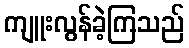
ကျူးလွန်ခဲ့ကြသည်